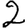
Digit: 2